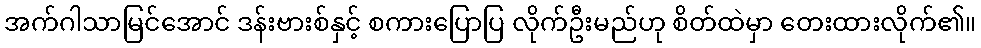
အက်ဂါသာမြင်အောင် ဒန်းဗားစ်နှင့် စကားပြောပြ လိုက်ဦးမည်ဟု စိတ်ထဲမှာ တေးထားလိုက်၏။